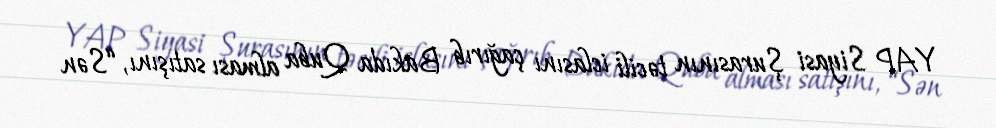
YAP Siyasi Şurasının təcili iclasını çağırıb Bakıda Quba alması satışını, “Sən